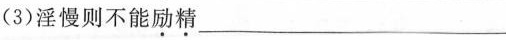
(3)淫慢则不能\underline{励}\underline{精}___